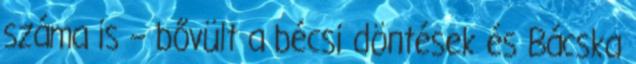
száma is – bővült a bécsi döntések és Bácska